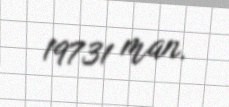
19731 man.